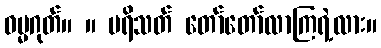
ဓမ္မဂုတ်။ ။ ပရိသတ် တော်တော်လာကြရဲ့လား။